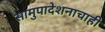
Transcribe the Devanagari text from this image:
सामुपादेशनाचाही